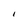
Character: I